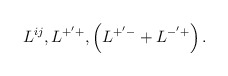
\begin{align*}L^{ij},L^{+^{\prime }+},\left( L^{+^{\prime }-}+L^{-^{\prime }+}\right) .\end{align*}